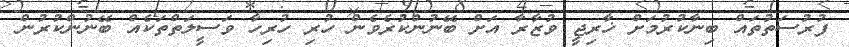
ފުރުސަތުތައް ބިނާކުރުމަށް ޚާރިޖީ ވުޒާރާ އަށް ބޭނުންކުރެވެން ހުރި ހުރިހާ ވަސީލަތްތަކެއް ބޭނުންކުރުން